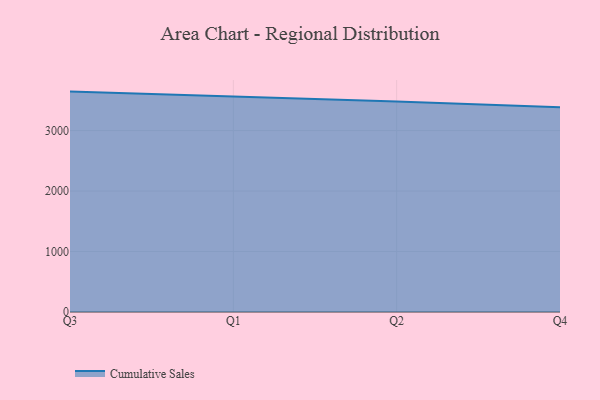
{"axis": {"x": "Quarter", "y": "Headcount"}, "legend": ["Cumulative Sales"], "data": [{"x": "Q3", "y": 3644.6, "type": "Cumulative Sales"}, {"x": "Q1", "y": 3564.4, "type": "Cumulative Sales"}, {"x": "Q2", "y": 3478.9, "type": "Cumulative Sales"}, {"x": "Q4", "y": 3385.0, "type": "Cumulative Sales"}]}